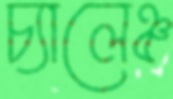
চ্যালেঞ্চ